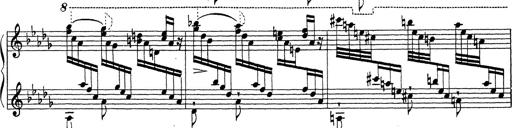
Title: Ballade No.1
Composer: Richard St. Clair